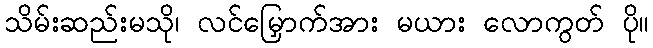
သိမ်းဆည်းမသို၊ လင်မြှောက်အား မယား လောကွတ် ပို။